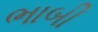
ભાબી